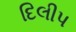
દિલીપ